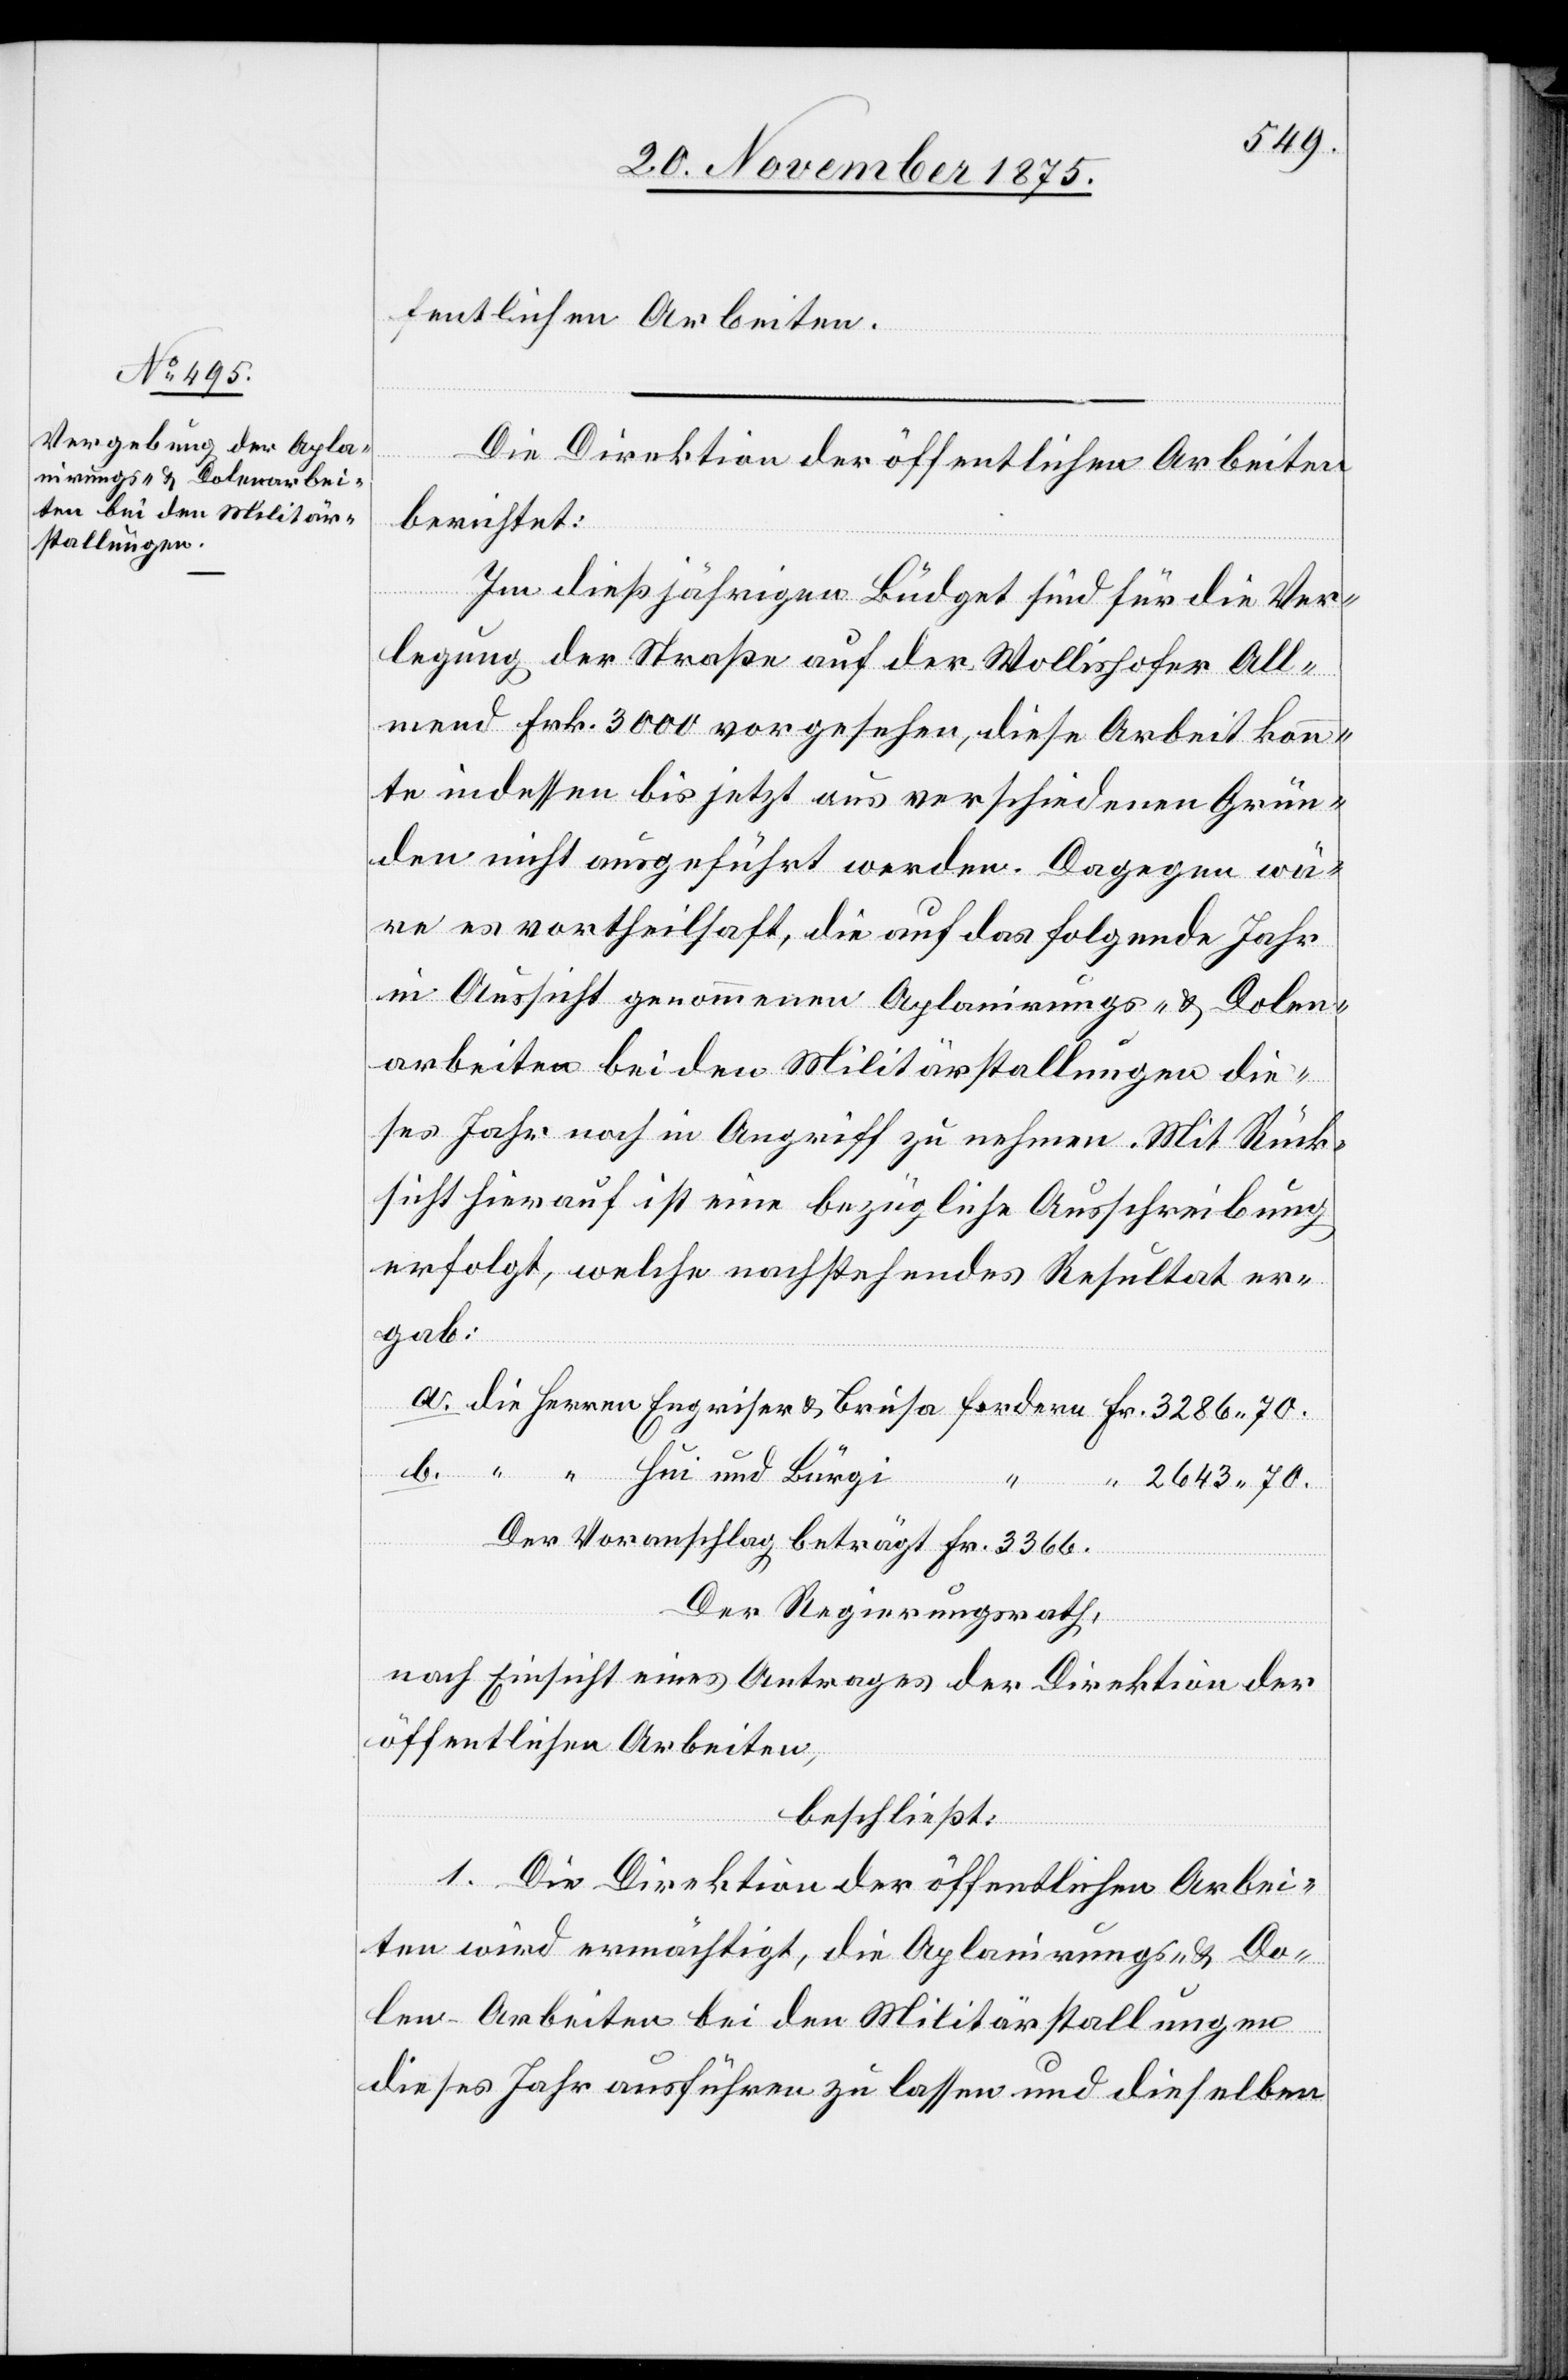
fentlichen Arbeiten.
Die Direktion der öffentlichen Arbeiten
berichtet:
Im dießjährigen Büdget sind für die Ver¬
legung der Straße auf der Wollishofer All¬
mend Frk. 3000 vorgesehen, diese Arbeit konn¬
te indessen bis jetzt aus verschiedenen Grün¬
den nicht ausgeführt werden. Dagegen wä¬
re es vortheilhaft, die auf das folgende Jahr
in Aussicht genommenen Aplanirungs- & Dolen¬
arbeiten bei den Militärstallungen die¬
ses Jahr noch in Angriff zu nehmen. Mit Rück¬
sicht hierauf ist eine bezügliche Ausschreibung
erfolgt, welche nachstehendes Resultat er¬
fordern
gab:
und
die
2643 70.
Der Voranschlag beträgt Fr. 3366.
Der Regierungsrath,
nach Einsicht eines Antrages der Direktion der
öffentlichen Arbeiten,
beschließt:
1. Die Direktion der öffentlichen Arbei¬
ten wird ermächtigt, die Aplanirungs- und Do¬
len-Arbeiten bei den Militärstallungen
dieses Jahr ausführen zu lassen und dieselben